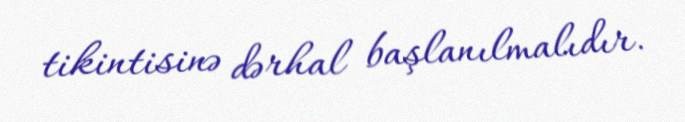
tikintisinə dərhal başlanılmalıdır.